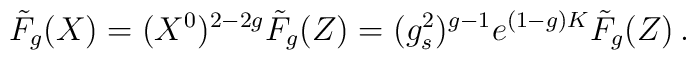
\tilde{F}_g(X)=(X^0)^{2-2g}\tilde{F}_g(Z)=(g_s^2)^{g-1} e^{(1-g)K}\tilde{F}_g(Z)\, .